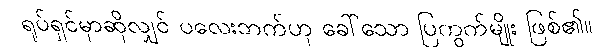
ရုပ်ရှင်မှာဆိုလျှင် ပလေးဘက်ဟု ခေါ်သော ပြကွက်မျိုး ဖြစ်၏။